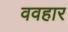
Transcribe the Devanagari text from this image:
ववहार